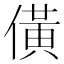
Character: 僙